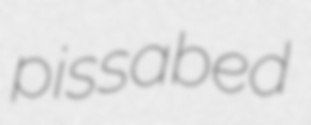
pissabed